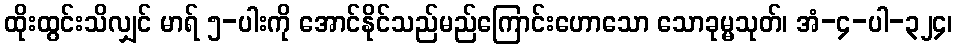
ထိုးထွင်းသိလျှင် မာရ် ၅-ပါးကို အောင်နိုင်သည်မည်ကြောင်းဟောသော သောခုမ္မသုတ်၊ အံ-၄-ပါ-၃၂၄၊